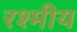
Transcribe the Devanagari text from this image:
रश्मीय